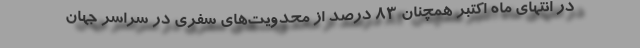
در انتهای ماه اکتبر همچنان ۸۳ درصد از محدویت‌های سفری در سراسر جهان